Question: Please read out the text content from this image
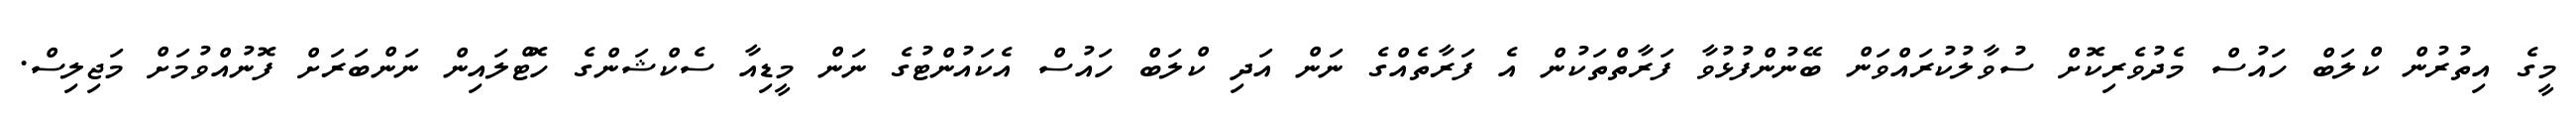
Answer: މީގެ އިތުރުން ކްލަބް ހައުސް މެދުވެރިކޮށް ސުވާލުކުރައްވަން ބޭނުންފުޅުވާ ފަރާތްތަކުން އެ ފަރާތެއްގެ ނަން އަދި ކްލަބް ހައުސް އެކައުންޓުގެ ނަން މީޑިއާ ސެކްޝަންގެ ހޮޓްލައިން ނަންބަރަށް ފޮނުއްވުމަށް މަޖިލިސް.